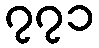
၇၇၁